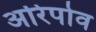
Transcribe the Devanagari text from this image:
अरिपोव